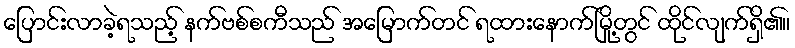
ပြောင်းလာခဲ့ရသည့် နက်ဗစ်စကီသည် အမြောက်တင် ရထားနောက်မြို့တွင် ထိုင်လျက်ရှိ၏။